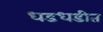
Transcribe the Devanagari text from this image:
धडधडीत